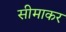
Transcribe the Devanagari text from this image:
सीमाकर